Scottish Certificate of Education, 1962
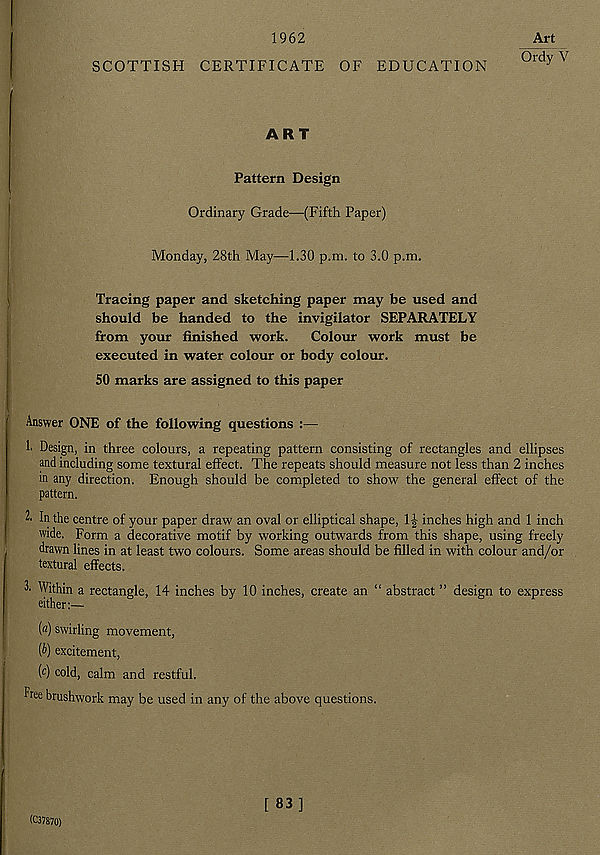
1962
SCOTTISH CERTIFICATE OF EDUCATION
Art
Ordy V
ART
Pattern Design
Ordinary Grade—(Fifth Paper)
Monday, 28th May—1.30 p.m. to 3.0 p.m.
Tracing paper and sketching paper may be used and
should be handed to the invigilator SEPARATELY
from your finished work. Colour work must be
executed in water colour or body colour.
50 marks are assigned to this paper
Answer ONE of the following questions :—
1. Design, in three colours, a repeating pattern consisting of rectangles and ellipses
and including some textural effect. The repeats should measure not less than 2 inches
in any direction. Enough should be completed to show the general effect of the
pattern.
2. In the centre of your paper draw an oval or elliptical shape, 1£ inches high and 1 inch
wide. Form a decorative motif by working outwards from this shape, using freely
drawn lines in at least two colours. Some areas should be filled in with colour and/or
textural effects.
^ Within a rectangle, 14 inches by 10 inches, create an “ abstract ” design to express
either:—
(«) swirling movement,
[b) excitement,
( c ) cold, calm and restful.
Free brushwork may be used in any of the above questions.
(C37870)
[ 83]